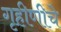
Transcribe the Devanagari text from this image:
गृहीणीचे